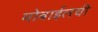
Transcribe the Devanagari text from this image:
मोबाईलची